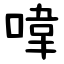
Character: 喡